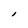
Character: I